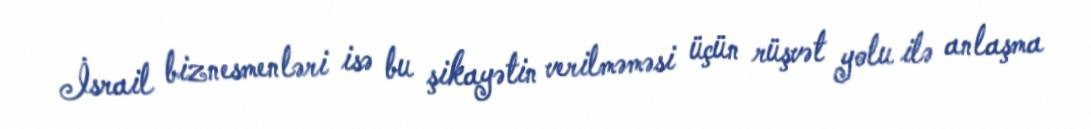
İsrail biznesmenləri isə bu şikayətin verilməməsi üçün rüşvət yolu ilə anlaşma